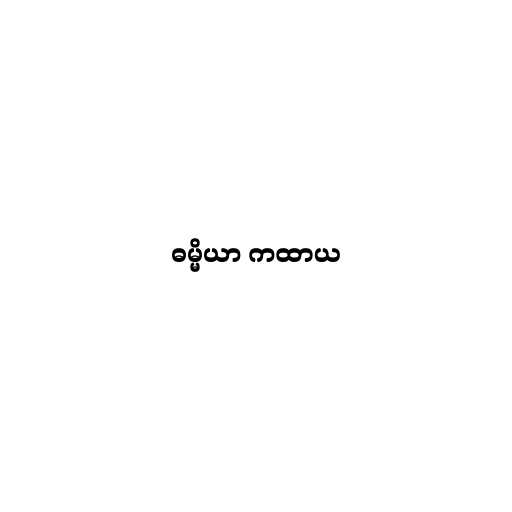
ဓမ္မိယာ ကထာယ